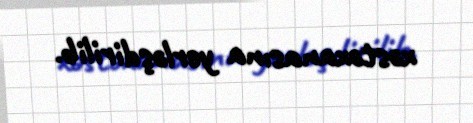
xəstəxanasına yerləşdirilib.